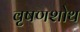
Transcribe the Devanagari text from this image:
वृषणशोथ